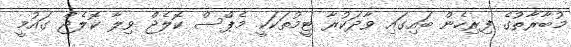
މުބާރާތުގެ ފިރިހެން ބައިގައި ވާދަކުރާ ޓީމުތަކަކީ މެޕްސް ކޮލެޖް ވިލާ ކޮލެޖް ގައުމީ